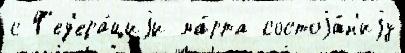
с Ф'ед'ера́циjи ма́рта состоjа́н'иjу